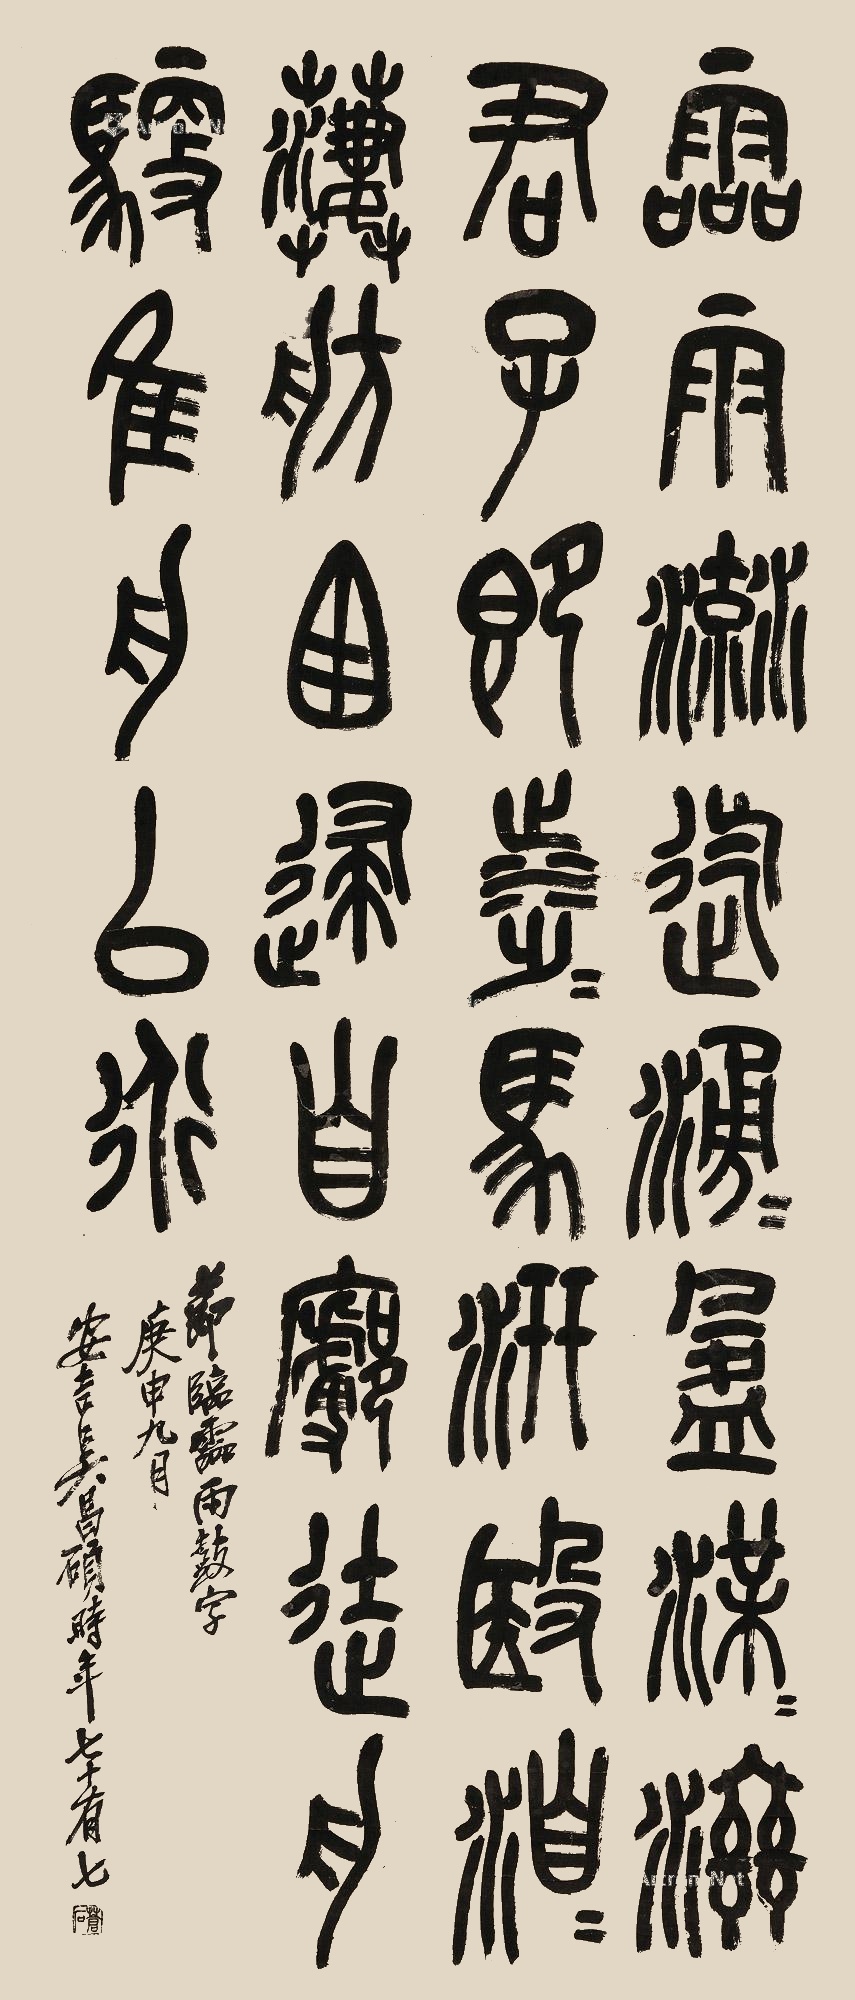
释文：霝雨流迄涌盈渫滋滋君子即涉涉马汧殹洎洎凄凄舫逮自肤徒舟驭维舟以行节临灵雨鼓字，庚申九月，安吉吴昌硕时年七十有七。